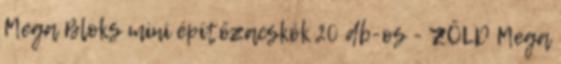
Mega Bloks mini építőzacskók 20 db-os - ZÖLD Mega